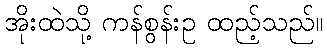
အိုးထဲသို့ ကန်စွန်းဥ ထည့်သည်။